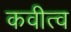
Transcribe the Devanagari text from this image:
कवीत्व